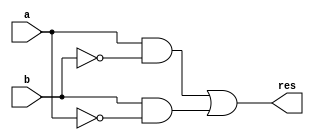
module xor1(res, a, b);
	input a, b;
	output res;
	wire nota, notb, w1, w2;
	
	not(nota, a);
	not(notb, b);
	
	and(w1, a, notb);
	and(w2, b, nota);
	
	or(res, w1, w2);

endmodule